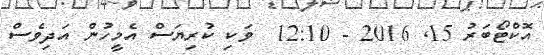
އޮކްޓޯބަރު 15